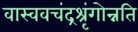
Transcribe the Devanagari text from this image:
वास्ववचंद्रश्रृंगोन्नति